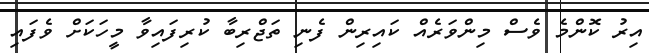
އިރު ކޮންމެ ވެސް މިންވަރެއް ކައިރިން ފެނި ތަޖްރިބާ ކުރިފައިވާ މީހަކަށް ވެފައި